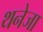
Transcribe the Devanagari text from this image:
थनेजा